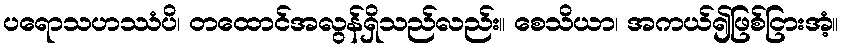
ပရောသဟဿံပိ၊ တထောင်အလွန်ရှိသည်လည်း။ စေသိယာ၊ အကယ်၍ဖြစ်ငြားအံ့။